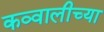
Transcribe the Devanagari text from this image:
कव्वालीच्या